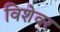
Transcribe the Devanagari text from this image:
विशेवर